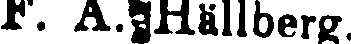
F. A. Hällberg.